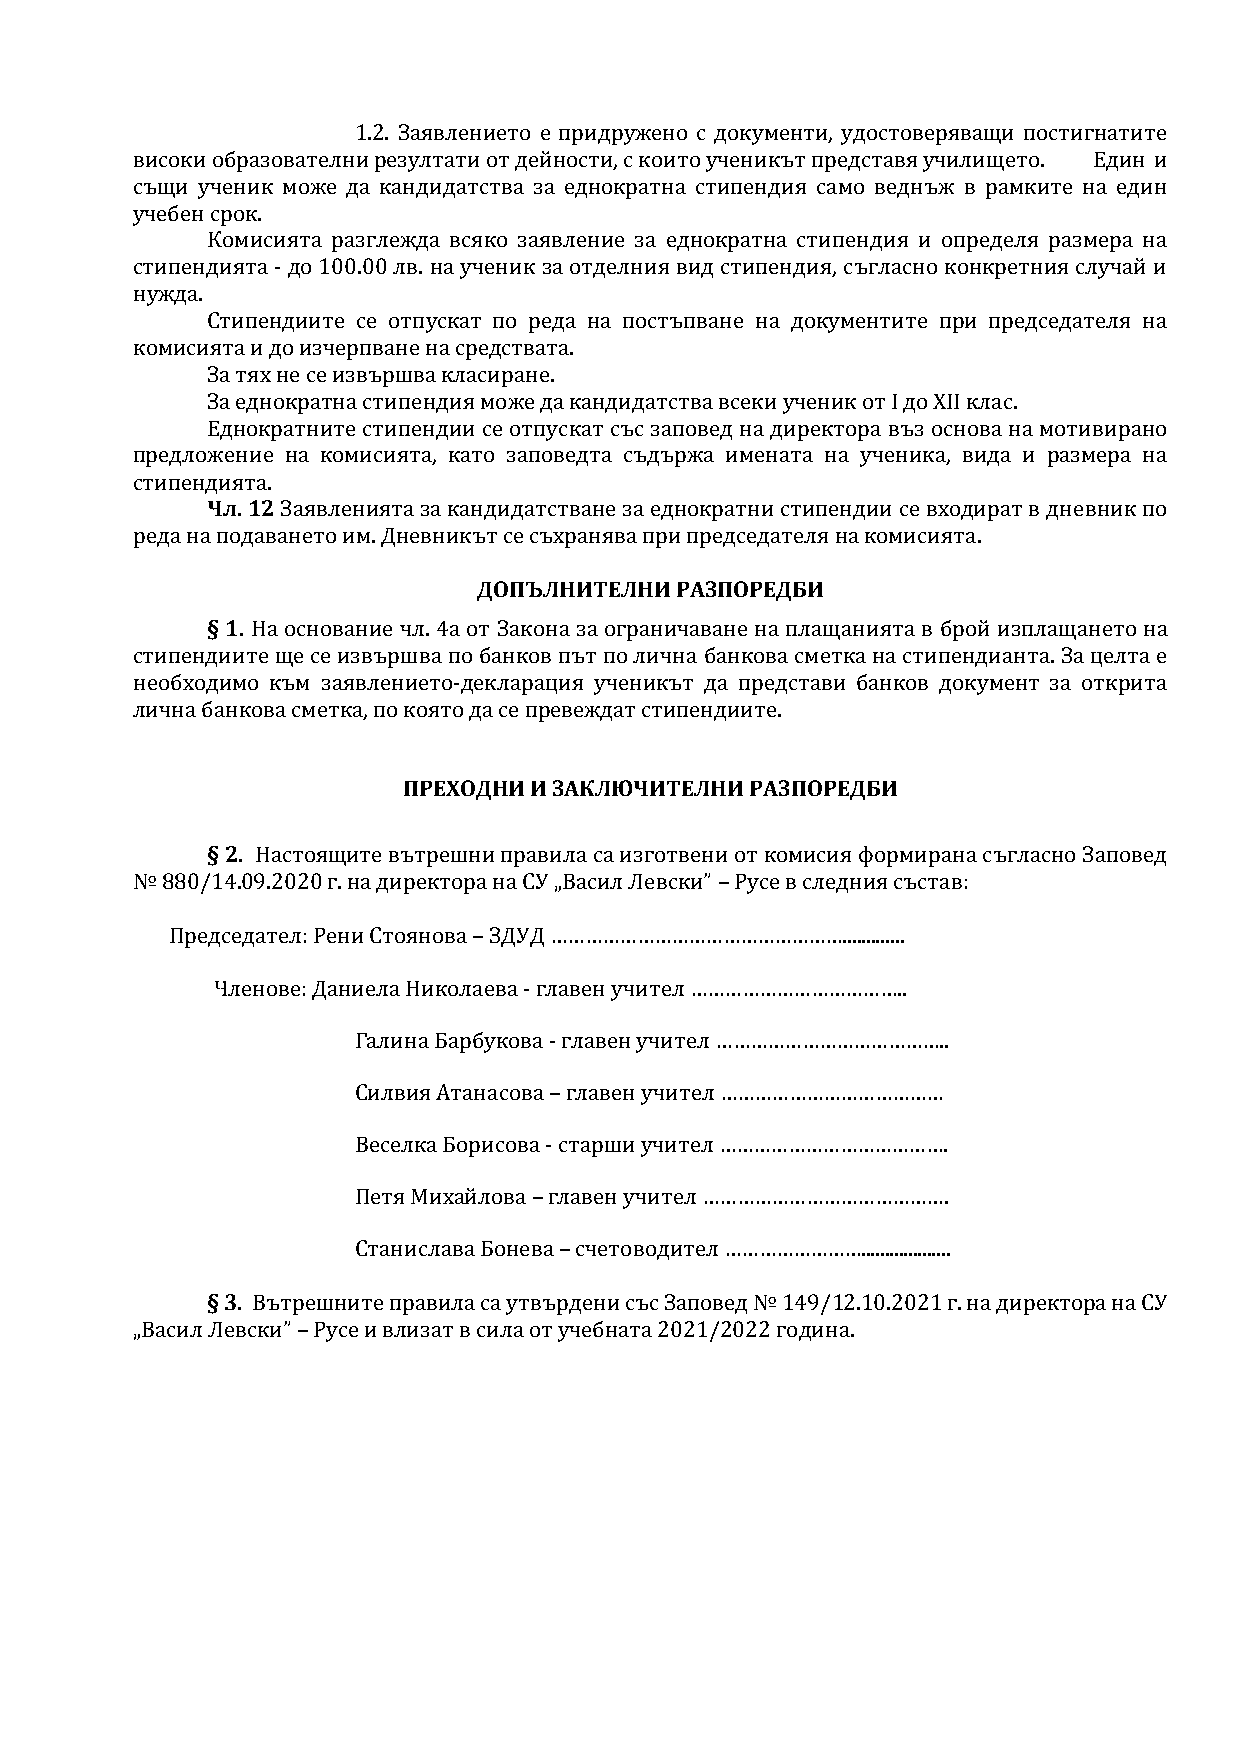
1.2. Заявлението е придружено с документи, удостоверяващи постигнатите
 високи образователни резултати от дейности, с които ученикът представя училището. Един и
 същи ученик може да кандидатства за еднократна стипендия само веднъж в рамките на един
 учебен срок.
 Комисията разглежда всяко заявление за еднократна стипендия и определя размера на
 стипендията - до 100.00 лв. на ученик за отделния вид стипендия, съгласно конкретния случай и
 нужда.
 Стипендиите се отпускат по реда на постъпване на документите при председателя на
 комисията и до изчерпване на средствата.
 За тях не се извършва класиране.
 За еднократна стипендия може да кандидатства всеки ученик от І до ХІІ клас.
 Еднократните стипендии се отпускат със заповед на директора въз основа на мотивирано
 предложение на комисията, като заповедта съдържа имената на ученика, вида и размера на
 стипендията.
 Чл. 12 Заявленията за кандидатстване за еднократни стипендии се входират в дневник по
 реда на подаването им. Дневникът се съхранява при председателя на комисията.
 ДОПЪЛНИТЕЛНИ РАЗПОРЕДБИ
 § 1. На основание чл. 4а от Закона за ограничаване на плащанията в брой изплащането на
 стипендиите ще се извършва по банков път по лична банкова сметка на стипендианта. За целта е
 необходимо към заявлението-декларация ученикът да представи банков документ за открита
 лична банкова сметка, по която да се превеждат стипендиите.
 ПРЕХОДНИ И ЗАКЛЮЧИТЕЛНИ РАЗПОРЕДБИ
 § 2. Настоящите вътрешни правила са изготвени от комисия формирана съгласно Заповед
 № 880/14.09.2020 г. на директора на СУ „Васил Левски” – Русе в следния състав:
 Председател: Рени Стоянова – ЗДУД …………………………………………….............
 Членове: Даниела Николаева - главен учител ………………………………..
 Галина Барбукова - главен учител …………………………………..
 Силвия Атанасова – главен учител …………………………………
 Веселка Борисова - старши учител ………………………………….
 Петя Михайлова – главен учител …………………………………….
 Станислава Бонева – счетоводител ……………………...................
 § 3. Вътрешните правила са утвърдени със Заповед № 149/12.10.2021 г. на директора на СУ
 „Васил Левски” – Русе и влизат в сила от учебната 2021/2022 година.